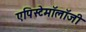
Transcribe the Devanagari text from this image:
एपिस्टेमॉलॉजी